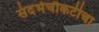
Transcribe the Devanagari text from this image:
संदर्भचौकटीचा